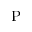
\operatorname { P }